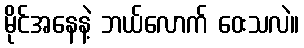
မိုင်အနေနဲ့ ဘယ်လောက် ဝေးသလဲ။